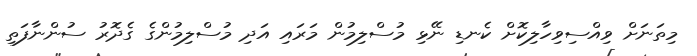
މިތަނަށް ވިއްސިވިހާލިކޮށް ކެނޑި ނޭޅި މުސްލިމުން މަރައި އަދި މުސްލިމުންގެ ގެދޮރު ސުންނާފަތި